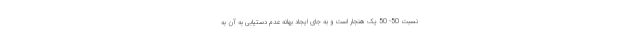
نسبت 50- 50 یک هنجار است و به جای ایجاد بهانه عدم دستیابی به آن به